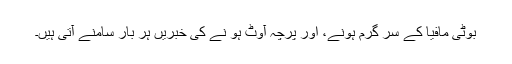
بوٹی مافیا کے سر گرم ہونے، اور پرچہ آؤٹ ہو نے کی خبریں ہر بار سامنے آتی ہیں۔